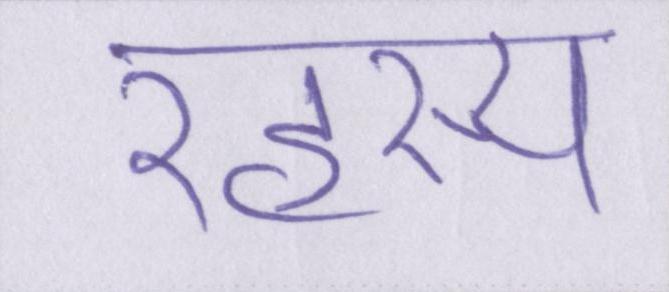
रहस्य